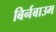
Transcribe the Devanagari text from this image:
बिर्नबाउम